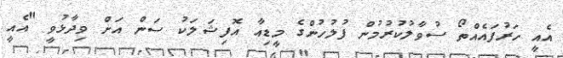
އެއީ ހަރުފައެއްތޯ ސުވާލުކުރުމުން ފުލުހުންގެ މީޑިއާ އޮފިޝަލަކު ސަން އަށް ވިދާޅުވީ "އެއީ